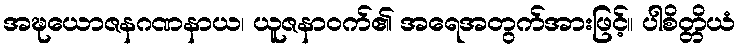
အဍ္ဎယောဇနဂဏနာယ၊ ယူဇနာဝက်၏ အရေအတွက်အားဖြင့်။ ပါစိတ္တိယံ